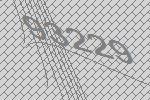
93229